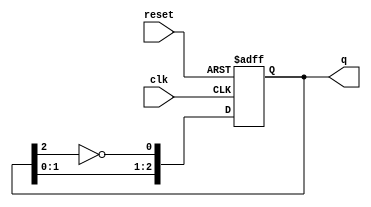
module ring_johnson_counter #(parameter N = 3) (
    input wire clk,         // Clock input
    input wire reset,       // Asynchronous reset
    output reg [N-1:0] q    // Output state
);

// Internal signal for the inverted last flip-flop output
wire feedback;

// Feedback connection (inverted output of the last flip-flop)
assign feedback = ~q[N-1];

always @(posedge clk or posedge reset) begin
    if (reset) begin
        // Asynchronous reset: set all flip-flops to 0
        q <= 0;
    end else begin
        // Shift the state and apply feedback
        q <= {q[N-2:0], feedback};
    end
end

endmodule